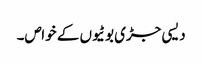
دیسی جڑی بوٹیوں کے خواص۔